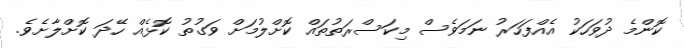
ކޮންމެ ދުވަހަކު އެއްފަހަރު ނަމަވެސް މިކަސްރަތުތައް ކޮށްލުމަށް ވަގުތު ކޮޅެއް ހޭދަ ކޮށްލާށެވެ.